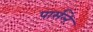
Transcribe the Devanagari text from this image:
पार्सले